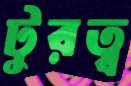
টুরত্ব